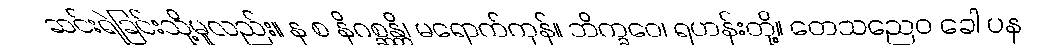
ဆင်းရဲခြင်းသို့မူလည်း။ န စ နိဂစ္ဆန္တိ၊ မရောက်ကုန်။ ဘိက္ခဝေ၊ ရဟန်းတို့။ တေသညေဝ ခေါ ပန